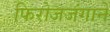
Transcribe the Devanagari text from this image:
फिरोजजंगाने